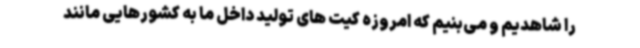
را شاهدیم و می‌بنیم که امروزه کیت های تولید داخل ما به کشورهایی مانند